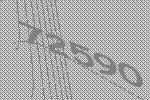
72590